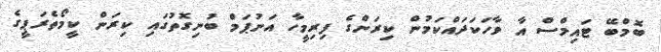
ބޮމްބޭ ޓައިމްސް އާ ވާހަކަދައްކަމުން ކިރަންގެ ފިރިމީހާ އަނުޕަމް ބުނިގޮތުގައި ކިރަން ކީމޯތެރަޕީގެ